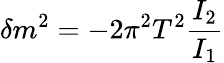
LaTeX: \delta m^{2}=-2\pi^{2}T^{2}\frac{I_{2}}{I_{1}}